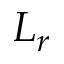
L _ { r }